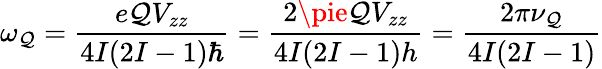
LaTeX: \omega_{\mathcal{Q}}={\frac{{e\mathcal{Q}V_{zz}}}{{4I(2I-1)\hbar}}}={\frac{{2\pie\mathcal{Q}V_{zz}}}{{4I(2I-1)h}}}={\frac{{2\pi\nu_{\mathcal{Q}}}}{{4I(2I-1)}}}